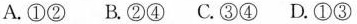
A.①② B.②④ C.③④ D.①③